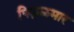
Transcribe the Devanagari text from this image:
पिळ्ळमार